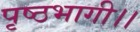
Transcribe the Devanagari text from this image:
पृष्ठभागी।।